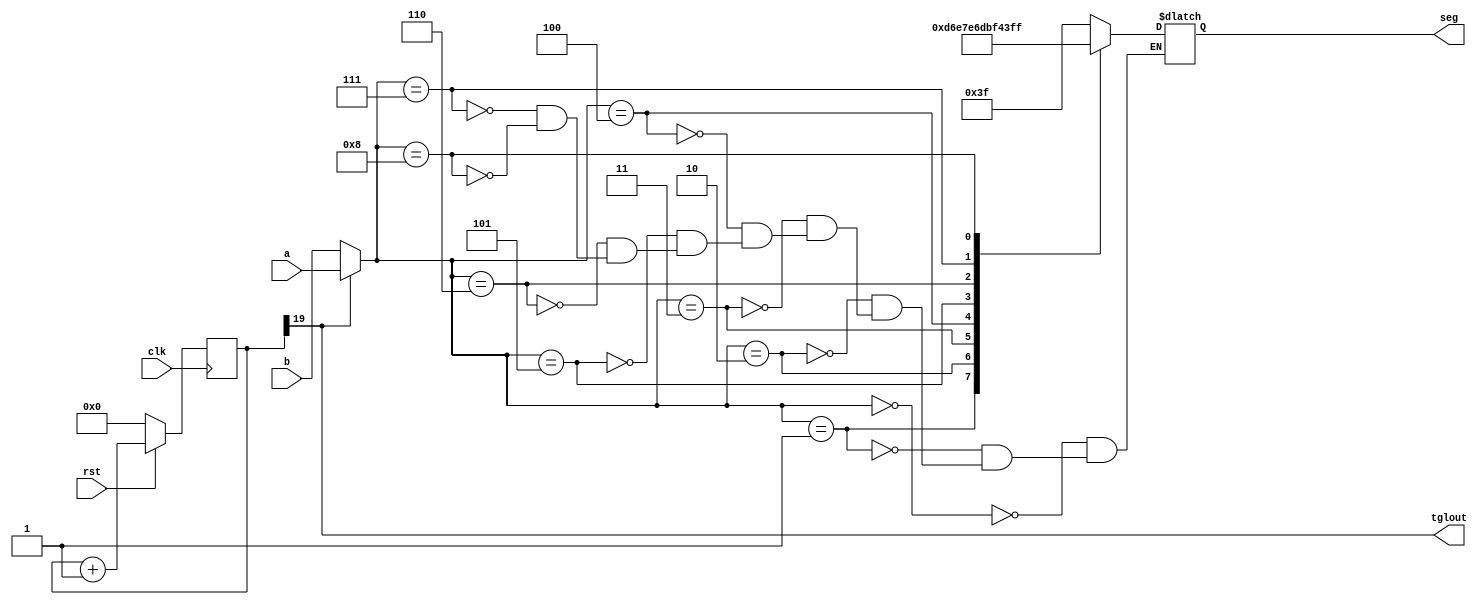
`timescale 1ns / 1ps


module segtoggle(
    input [3:0] a,
    input [3:0] b,
    input clk,
    input rst,
    output reg [6:0] seg,
    output tglout
    );

	wire div20;

	reg [21:0] count;
    wire [3:0] selnum;


    always@(posedge(clk))
	   if (rst==1'b0)
		  count <= 22'b0;
	   else
		  count <= count+1'b1;

	assign div20 = count[19];

	assign tglout = div20;
    assign selnum = div20 ? a : b;

// COPY YOUR ALWAYS BLOCK HERE AND USE selnum AS THE CASE CONDITION
    always @ *
	begin
		case(selnum)
			4'b0000 : seg = 7'b0111111;
			4'b0001 : seg = 7'b0000110;
			4'b0010 : seg = 7'b1011011;
			4'b0011 : seg = 7'b1001111;
			4'b0100 : seg = 7'b1100110;
			4'b0101 : seg = 7'b1101101;
			4'b0110 : seg = 7'b1111101;
			4'b0111 : seg = 7'b0000111;
			4'b1000 : seg = 7'b1111111;
		endcase
	end


endmodule